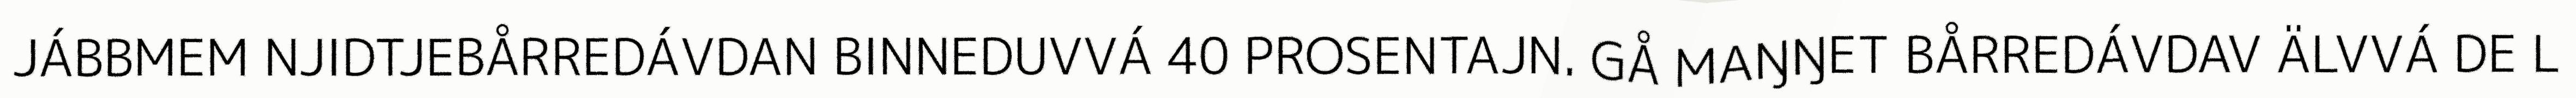
JÁBBMEM NJIDTJEBÅRREDÁVDAN BINNEDUVVÁ 40 PROSENTAJN. GÅ MAŊŊET BÅRREDÁVDAV ÄLVVÁ DE L